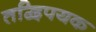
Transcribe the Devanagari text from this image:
तद्विपयक